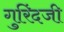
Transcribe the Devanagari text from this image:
गुरिंदजी